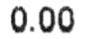
0.00